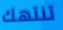
تنتهك